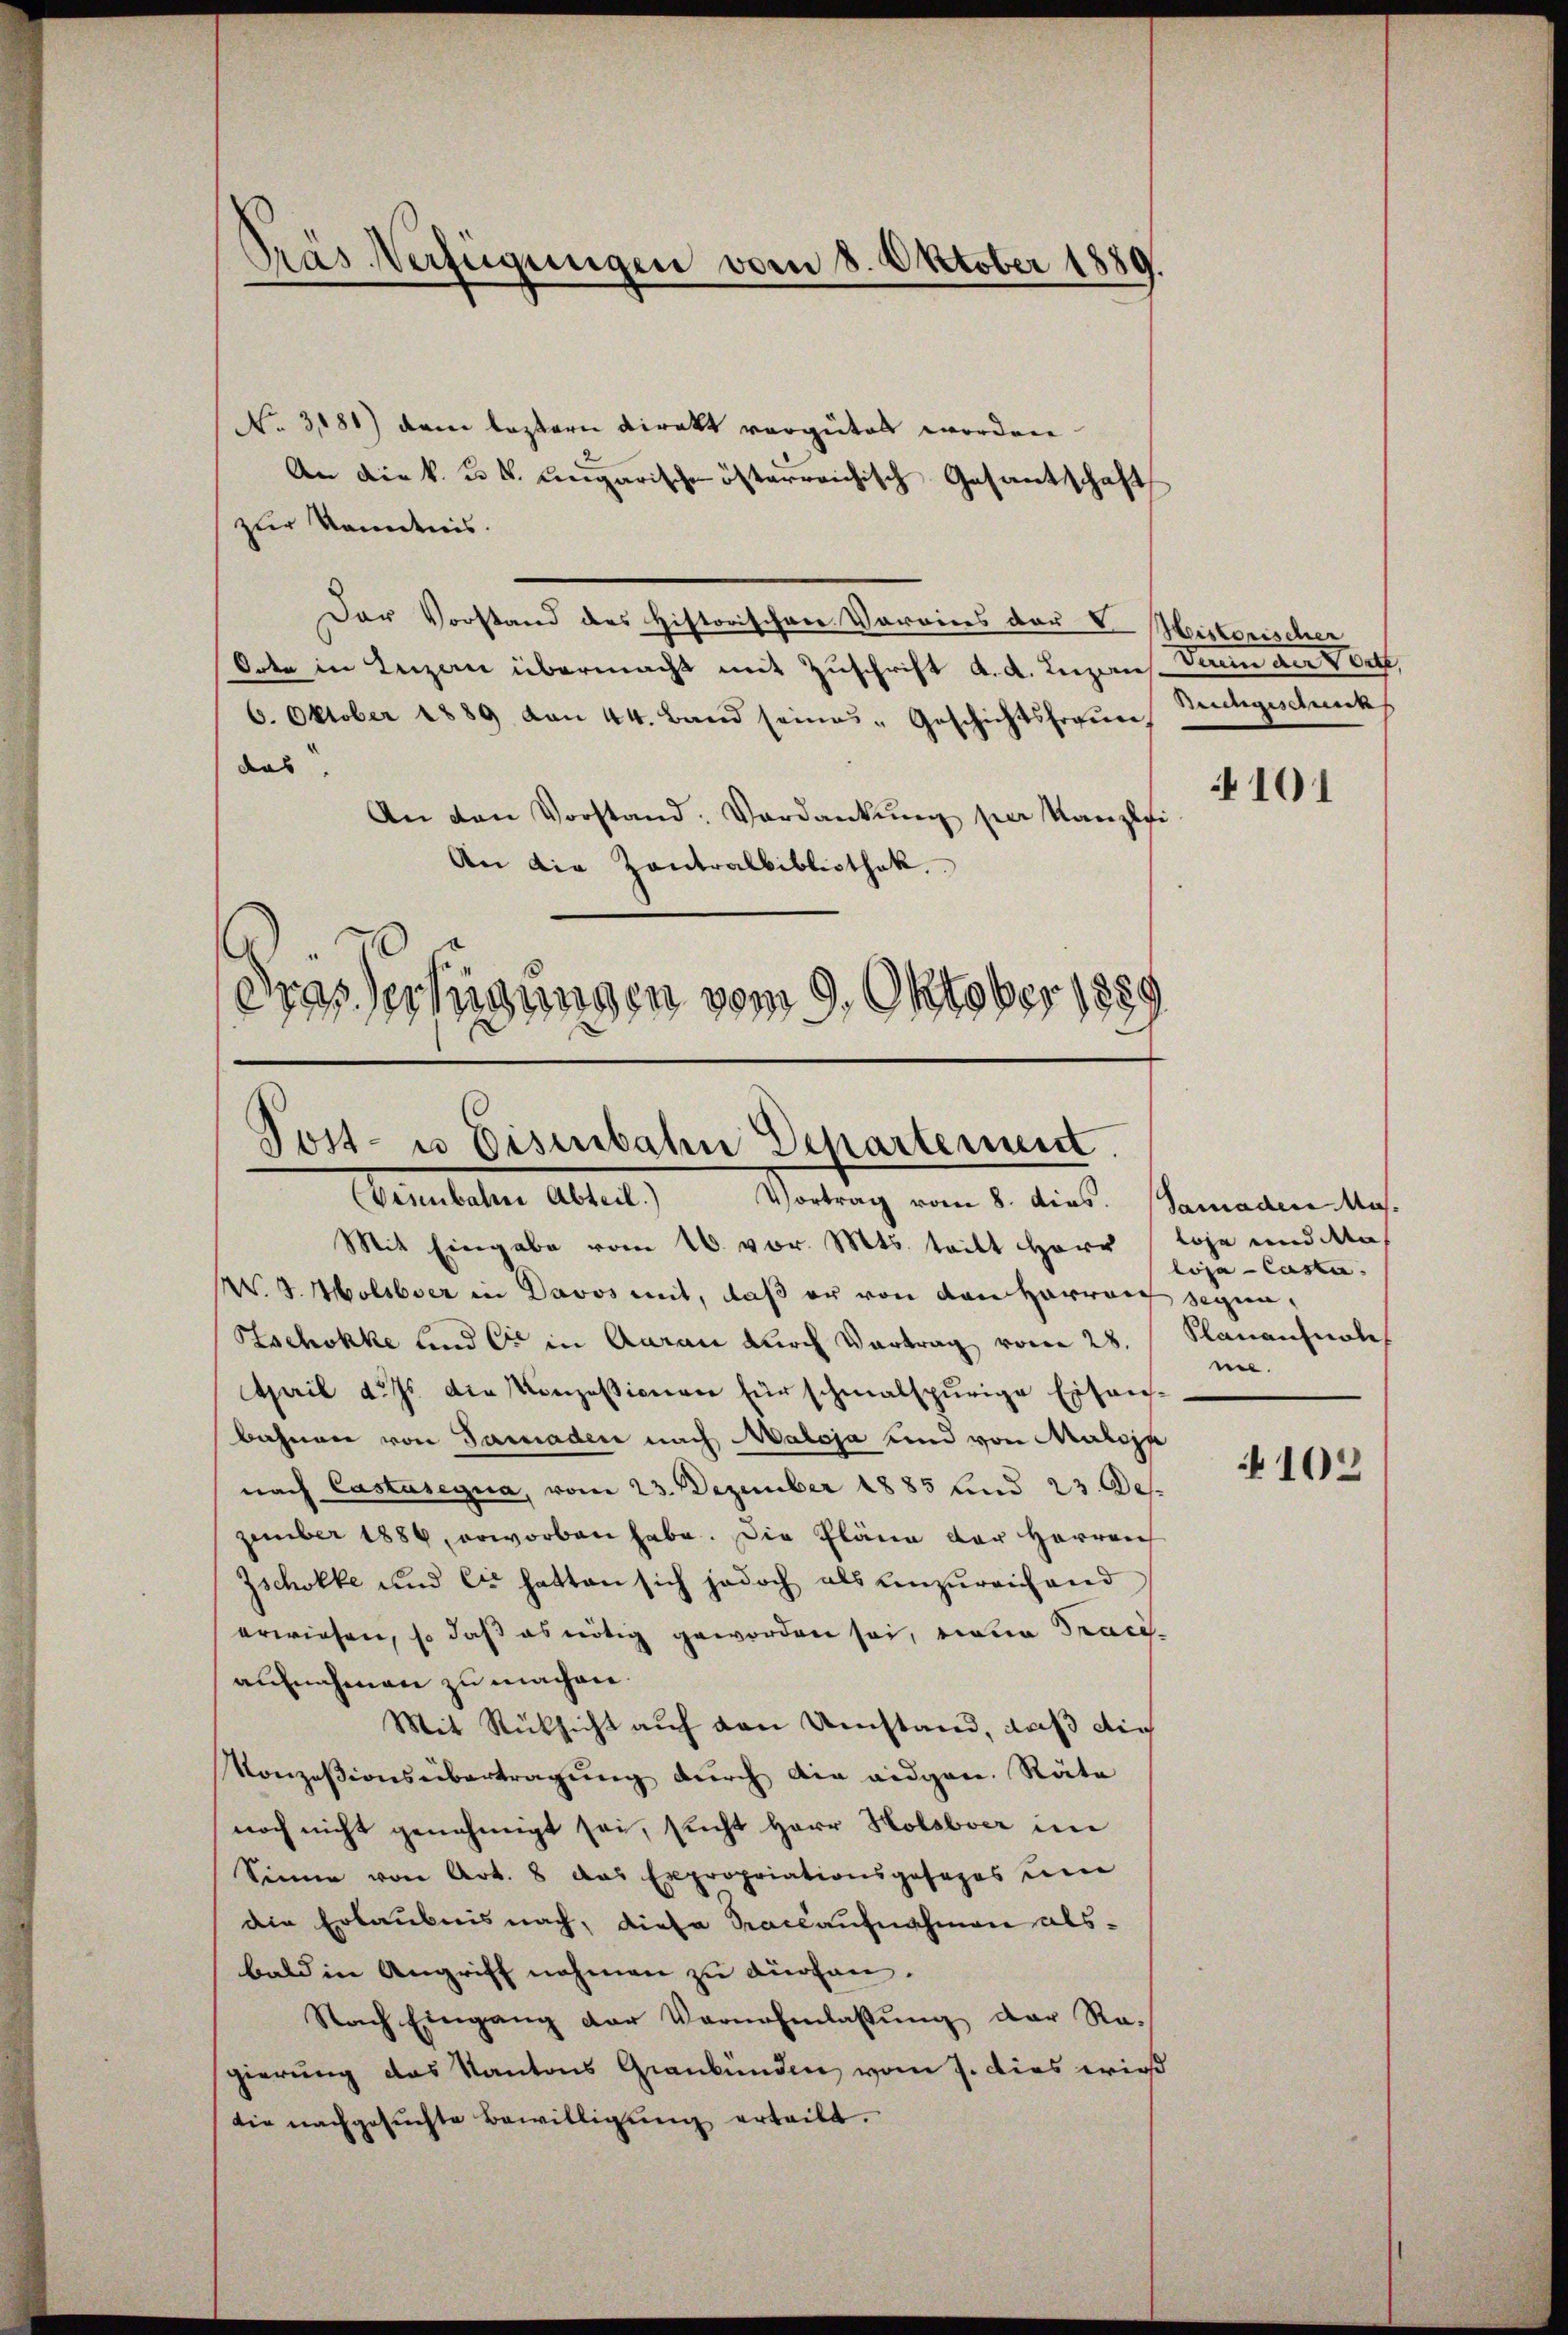
Pras Verfügungen vom 8. Oktober 1889.

No. 3181) dem leztern Direkt vergütet worden.
An die k. u. k. Ungarische österreichisch Gesantschaft
zur Kenntnis.
Der Vorstand des Historischen Vorains der V historischer
Orte in Luzern übermacht mit Zuschrift d. d. Lezans. Parein der Vorte
6. Oktober 1889 von 44. Band seines Geschichtsfraŭe
das
An den Vorstand: Verdankŭng per Kanzlei
An die Zantralbibliothek.
.
Das Verfügungen vom 9. Oktober 1889.

Post- u Eisenbahn Departement.

Visenbahne Abteil.)
Vortrag vom 8. dies. (Samaden Mas¬
Mit Eingabe vom 16. vor. Mts. tritt Herr Lose und Mas
W. J. Molsbser in Davos mit, daß er von den Herreich segnen,
Hschokke und C. in Aarau durch Vortrag vom 28.
tail d. Js. die Konzessionen für schmalspurige Eisen-
bahnen von Samaden nach Maloja und von Malopp
nach Castasegna, vom 23. Dezember 1885 und 23. Des
zember 1886 erworben habe. Die Pläne der Herrei
Zschokke und Er hatten sich jedoch als einzureichend
erwiesen, so daß es nötig geworden sei, von Traci-
aufnahmen zu machen.
Mit Rücksicht auf den Umstand, daß die
Konzessionsübertragŭng dŭrch die angen. Räte
noch nicht genehmigt sei, sucht Herr Holsbocz im
Sinne von Art. 8 das Expropriationsgesages un
die Erlaubnis nach, diese Trace aufnahmen alsbald in Angriff nehmen zu dürfen.
Nach Eingang der Vernehmlassŭng der Regierung das Kantons Graubünden vom 7. dies wird
die nachgesuchte Bewilligung erteilt.

Redigisdruck

4101

loja - Casta
Planannole
ne.

102